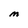
Character: M